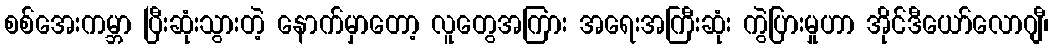
စစ်အေးကမ္ဘာ ပြီးဆုံးသွားတဲ့ နောက်မှာတော့ လူတွေအကြား အရေးအကြီးဆုံး ကွဲပြားမှုဟာ အိုင်ဒီယော်လောဂျီ၊